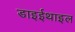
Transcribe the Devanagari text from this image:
डाइईथाइल